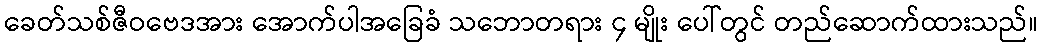
ခေတ်သစ်ဇီဝဗေဒအား အောက်ပါအခြေခံ သဘောတရား ၄ မျိုး ပေါ်တွင် တည်ဆောက်ထားသည်။